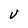
Character: V